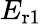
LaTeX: E_{\mathrm{r1}}